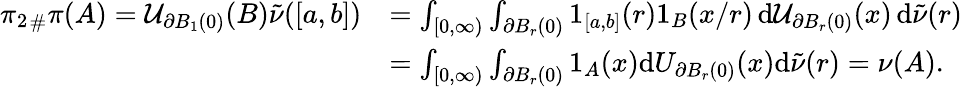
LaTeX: \begin{array}{rl}{{\pi_{2}}_{\# }\pi(A)=\mathcal U_{\partial B_{1}(0)}(B)\tilde{\nu}([a,b])}&{=\int_{[0,\infty)}\int_{\partial B_{r}(0)}1_{[a,b]}(r)1_{B}(x/r)\, \mathrm{d}\mathcal U_{\partial B_{r}(0)}(x)\, \mathrm{d}\tilde{\nu}(r)}\\ &{=\int_{[0,\infty)}\int_{\partial B_{r}(0)}1_{A}(x)\mathrm{d}U_{\partial B_{r}(0)}(x)\mathrm{d}\tilde{\nu}(r)=\nu(A).}\end{array}